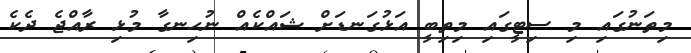
މިތަނުގައި މި ސިޓީގައި މިތިބީ އަޅުގަނޑަށް ޝައްކެއް ނުހިނގާ މުޅި ރާއްޖެ ދެކެ